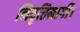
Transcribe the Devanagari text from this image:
निवृत्तिमार्गी।